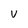
Character: v